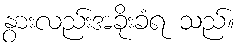
နွားလည်းအခိုးခံရ သည်။